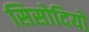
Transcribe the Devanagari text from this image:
सिसोदियो